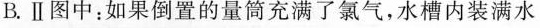
B.Ⅱ图中：如果倒置的量筒充满了氯气，水槽内装满水